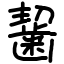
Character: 𪘂